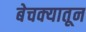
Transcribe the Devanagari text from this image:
बेचक्‍यातून